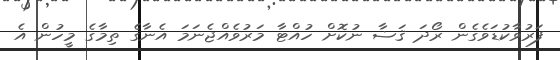
ފަރުވާކުޑަވެގެން ރޯދަ ޤަޟާ ނުކޮށް ހުއްޓާ މަރުވެއްޖެނަމަ އެނާގެ ތިމާގެ މީހުން އެ